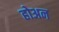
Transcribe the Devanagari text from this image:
होअन